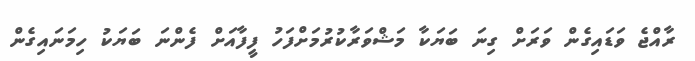
ރާއްޖެ ވަޑައިގެން ވަރަށް ގިނަ ބަޔަކާ މަޝްވަރާކުރުމަށްފަހު ފީފާއަށް ފެންނަ ބަޔަކު ހިމަނައިގެން